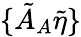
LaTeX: \{ \tilde{A}_{A}\tilde{\eta}\}